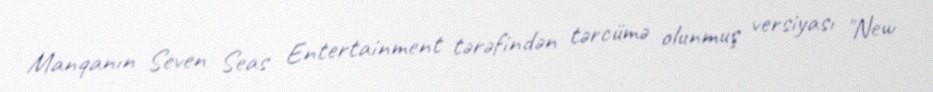
Manqanın Seven Seas Entertainment tərəfindən tərcümə olunmuş versiyası "New